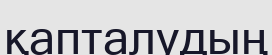
қапталудың